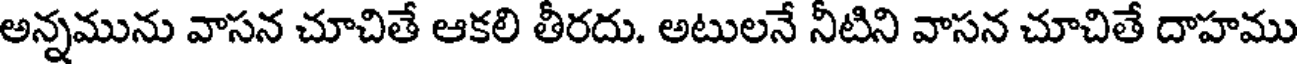
అన్నమును వాసన చూచితే ఆకలి తీరదు. అటులనే నీటిని వాసన చూచితే దాహము